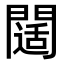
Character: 𨶐